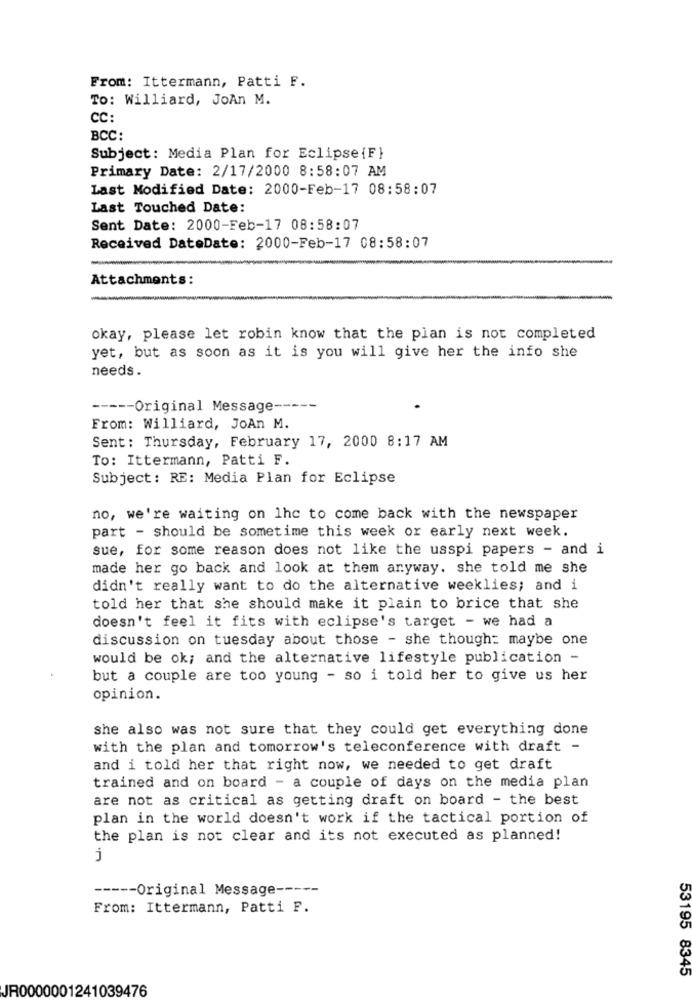
From: Ittermann, Patti F.
To: Williard, JoAn M.
CC:
BCC:
Subject: Media Plan for Eclipse {F}
Primary Date: 2/17/2000 8:58:07 AM
Last Modified Date: 2000-Feb-17 08:58:07
Last Touched Date:
Sent Date: 2000-Feb-17 08:58:07
Received DateDate: 2000-Feb-17 08:58:07
Attachments:
okay, please let robin know that the plan is not completed
yet, but as soon as it is you will give her the info she
needs.
----- Original Message -----
From: Williard, JoAn M.
Sent: Thursday, February 17, 2000 8:17 AM
To: Ittermann, Patti F.
Subject: RE: Media Plan for Eclipse
no, we're waiting on lhc to come back with the newspaper
part - should be sometime this week or early next week.
sue, for some reason does not like the usspi papers - and i
made her go back and look at them anyway. she told me she
didn't really want to do the alternative weeklies; and i
told her that she should make it plain to brice that she
doesn't feel it fits with eclipse's target - we had a
discussion on tuesday about those - she thought maybe one
would be ok; and the alternative lifestyle publication -
but a couple are too young - so i told her to give us her
opinion.
she also was not sure that they could get everything done
with the plan and tomorrow's teleconference with draft -
and i told her that right now, we needed to get draft
trained and on board - a couple of days on the media plan
are not as critical as getting draft on board - the best
plan in the world doesn't work if the tactical portion of
the plan is not clear and its not executed as planned!
j
----- Original Message -----
From: Ittermann, Patti F.
53195 8345
JR0000001241039476